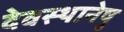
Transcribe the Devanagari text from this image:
देवस्थानेषु